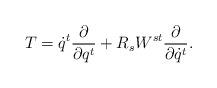
LaTeX: \begin{align*}T = \dot q^t \frac{\partial}{\partial q^t} + R_s W^{st}\frac{\partial}{\partial \dot q^t} . \end{align*}